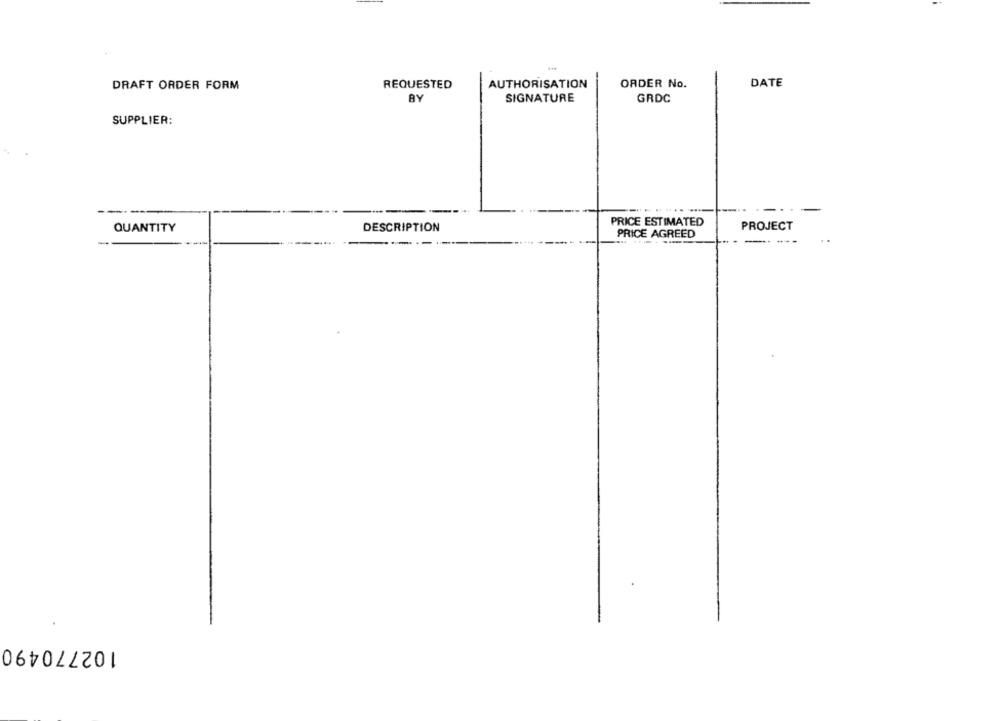
DRAFT ORDER FORM
REQUESTED
AUTHORISATION
ORDER No.
DATE
SIGNATURE
GRDC
SUPPLIER:
-
PRICE ESTIMATED
QUANTITY
DESCRIPTION
PROJECT
PRICE AGREED
--
102770490